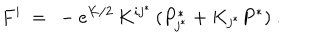
F ^ { i } \ = \ - e ^ { K / 2 } \, K ^ { i j ^ { * } } \, ( P _ { j ^ { * } } ^ { * } + K _ { j ^ { * } } P ^ { * } ) ~ .